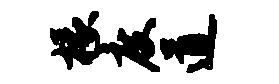
椽度道